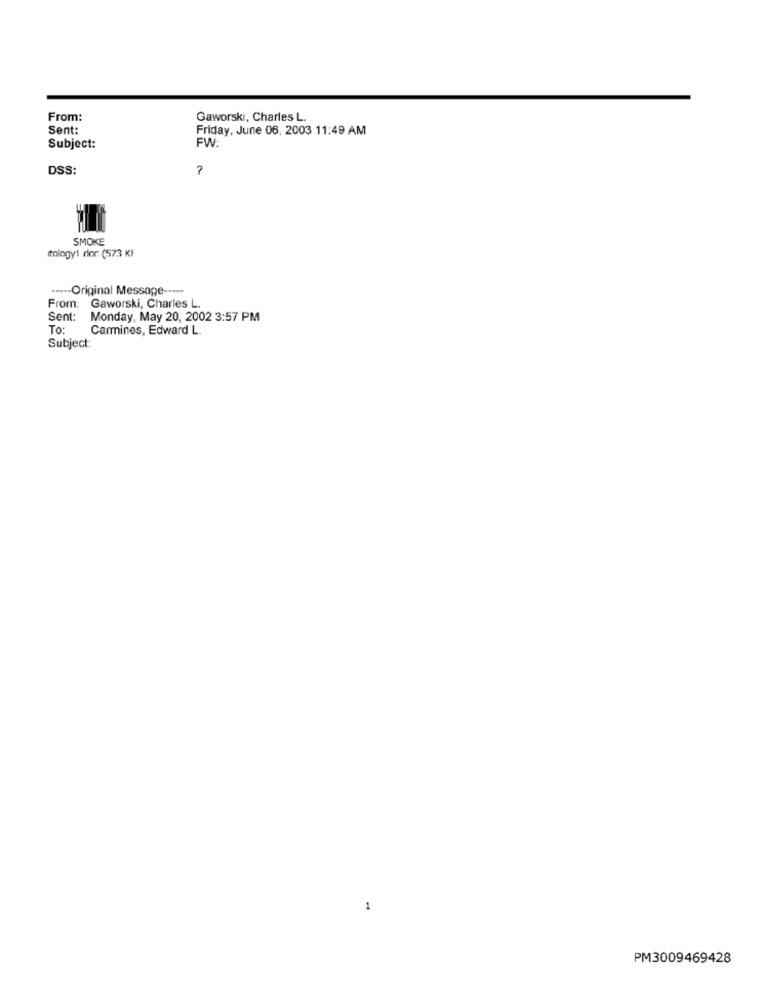
From:
Gaworski, Charles L.
Sent:
Friday, June 06, 2003 11:49 AM
Subject:
FW:
DSS:
?
SMOKE
Itologyl dor (573 KF
....- Original Message -----
From: Gaworski, Charles L.
Sent:
Monday, May 20, 2002 3:57 PM
To:
Carmines, Edward L.
Subject:
1
PM3009469428